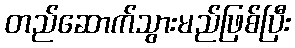
တည်ဆောက်သွားမည်ဖြစ်ပြီး